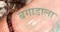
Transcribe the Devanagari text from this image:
बगाडाला